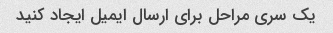
یک سری مراحل برای ارسال ایمیل ایجاد کنید